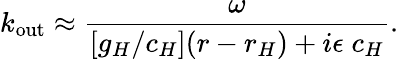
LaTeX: k_{\mathrm{out}}\approx{\frac{\omega}{[g_{H}/c_{H}](r-r_{H})+i\epsilon\; c_{H}}}.